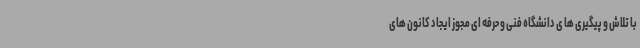
با تلاش و پیگیری ها ی دانشگاه فنی و حرفه ای مجوز ایجاد کانون های